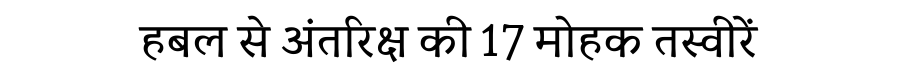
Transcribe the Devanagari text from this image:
हबल से अंतरिक्ष की 17 मोहक तस्वीरें